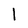
Character: l